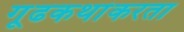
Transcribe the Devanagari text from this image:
गूढकथांकरता